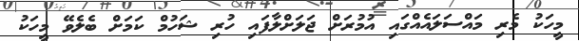
މީހަކު މެރި މައްސަލައެއްގައި އުމުރަށް ޖަލަށްލާފައި ހުރި ޝަހުމް ކަމަށް ބެލެވޭ މީހަކު